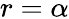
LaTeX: r=\alpha